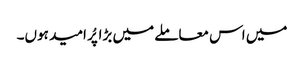
میں اس معاملے میں بڑا پُر امید ہوں۔